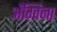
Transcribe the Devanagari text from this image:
अँग्विना